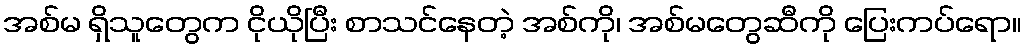
အစ်မ ရှိသူတွေက ငိုယိုပြီး စာသင်နေတဲ့ အစ်ကို၊ အစ်မတွေဆီကို ပြေးကပ်ရော။